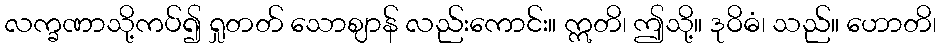
လက္ခဏာသို့ကပ်၍ ရှုတတ် သောဈာန် လည်းကောင်း။ ဣတိ၊ ဤသို့။ ဒုဝိဓံ၊ သည်။ ဟောတိ၊